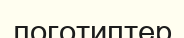
логотиптер